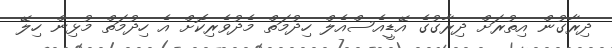
ދިރާގުން އިތުރަށް ދިރާގުގެ އޭޑީއެސްއެލް ހިދުމަތް މެދުވެރިކޮށް އެ ހިދުމަތް މުޅިން ހިލޭ